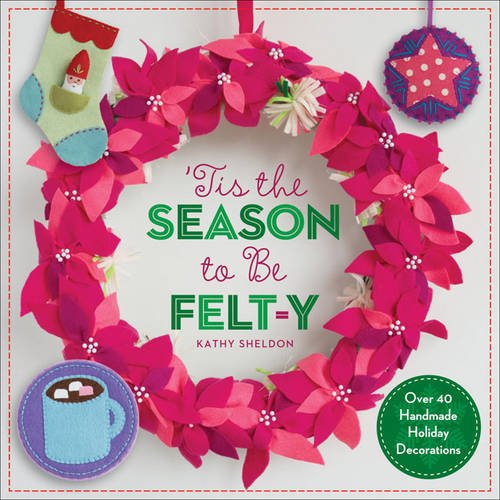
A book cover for EETis the Season to Be Felt-y: Over 40 Handmade Holiday Decorations; Kathy Sheldon; Crafts, Hobbies & Home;